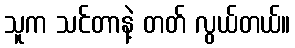
သူက သင်တာနဲ့ တတ် လွယ်တယ်။